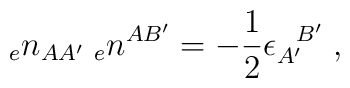
{_{e}n_{AA'}} \; {_{e}n^{AB'}}=-{1\over 2}\epsilon_{A'}^{\; \; \; B'} \; ,